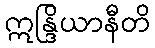
ဣန္ဒြိယာနီတိ